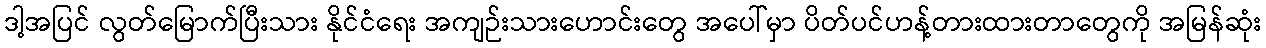
ဒါ့အပြင် လွတ်မြောက်ပြီးသား နိုင်ငံရေး အကျဉ်းသားဟောင်းတွေ အပေါ်မှာ ပိတ်ပင်ဟန့်တားထားတာတွေကို အမြန်ဆုံး